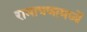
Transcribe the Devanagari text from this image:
रामायणामध्यें